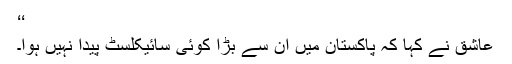
‘‘
عاشق نے کہا کہ پاکستان میں ان سے بڑا کوئی سائیکلسٹ پیدا نہیں ہوا۔